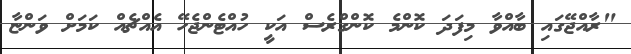
"ރާއްޖޭގައި ބާއްވާ މިފަދަ ކޮންމެ ކޮންގްރެސް އަކީ ހުއްޓެންޖެހޭ އެއްޗެއް ކަމަށް ވަންޏާ